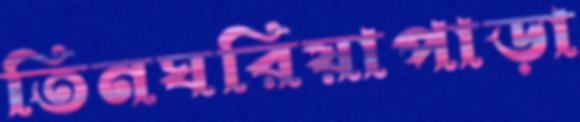
তিনঘরিয়াপাড়া